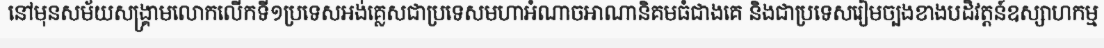
នៅមុនសម័យសង្គ្រាមលោកលើកទី១ប្រទេសអង់គ្លេសជាប្រទេសមហាអំណាចអាណានិគមធំជាងគេ និងជាប្រទេសរៀមច្បងខាងបដិវត្តន៍ឧស្សាហកម្ម